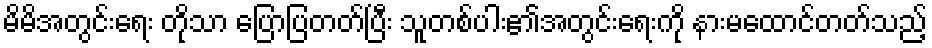
မိမိအတွင်းရေး တိုသာ ပြောပြတတ်ပြီး သူတစ်ပါး၏အတွင်းရေးကို နားမထောင်တတ်သည့်